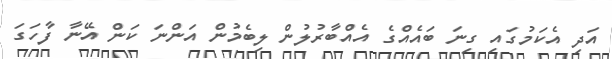
އަދި އެކަމުގައި ގިނަ ބައެއްގެ އެއްބާރުލުން ލިބެމުން އަންނަ ކަން އޭނާ ފާހަގަ